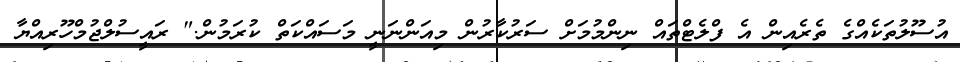
އުސޫލުތަކެއްގެ ތެރެއިން އެ ފްލެޓްތައް ނިންމުމަށް ސަރުކާރުން މިއަންނަނީ މަސައްކަތް ކުރަމުން." ރައީސުލްޖުމްހޫރިއްޔާ